Lunatic asylums Punjab 1911-1921 - 1911-1921
Year: 1911
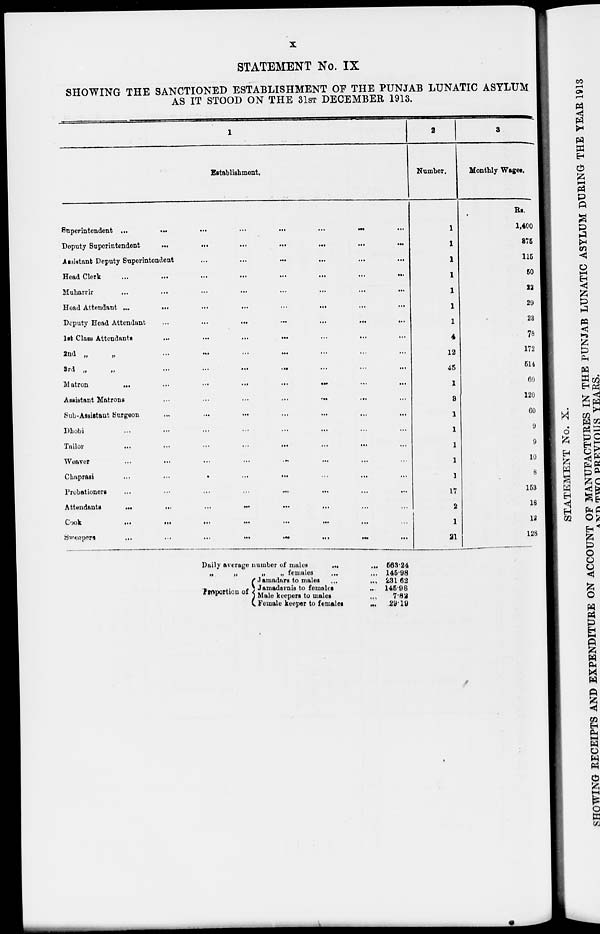
x
STATEMENT No. IX
SHOWING THE SANCTIONED ESTABLISHMENT OF THE PUNJAB LUNATIC ASYLUM
AS IT STOOD ON THE 31ST DECEMBER 1913.
1
Establishment.
Superintendent
...
...
...
...
...
...
...
...
Deputy Superintendent
...
...
...
...
...
...
...
...
Assistant Deputy Superintendent
...
...
...
...
...
...
...
...
Head Clerk ... ... ... ... ... ... ... ...
Muharrir
...
...
...
...
...
...
...
...
Head Attendant
...
...
...
...
...
...
...
...
Deputy Head Attendant
...
...
...
...
...
...
...
1st Class Attendants
...
...
...
...
...
...
...
...
2nd
„
„
...
...
...
...
...
...
...
...
3rd
„
„
...
...
...
...
...
...
...
...
Matron
...
...
...
...
...
...
...
...
Assistant
Matrons
...
...
...
...
...
...
...
...
Sub-Assistant Surgeon ... ... ... ... ... ... ... ...
Dhobi
...
...
...
...
...
...
...
...
Tailor
...
...
...
...
...
...
...
Weaver
...
...
...
...
...
...
...
...
Chaprasi
...
...
...
...
...
...
...
...
Probationers
...
...
...
...
...
...
...
...
Attendants
...
...
...
...
...
...
...
...
Cook ... ... ... ... ... ... ... ...
Sweepers
...
...
...
...
...
...
...
...
2
Number.
1
1
1
1
1
1
1
4
12
45
1
3
1
1
1
1
1
17
2
1
21
3
Monthly Wages.
Rs.
1,400
375
115
50
22
29
23
78
172
514
60
120
60
9
9
10
8
153
18
12
128
Daily average number of males
...
...
„
„
„
„
females
...
Proportion of
Jamadars to males
...
...
Jamadsrnis to females ...
Male keepert to males
...
Female keeper to females
...
563.24
145.98
231.62
145.98
7.82
29.19